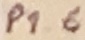
Text: P1.6